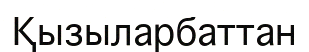
Қызыларбаттан